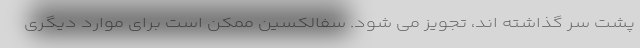
پشت سر گذاشته اند، تجویز می شود. سفالکسین ممکن است برای موارد دیگری